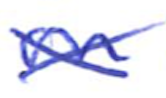
Text: on
Cross-out: mix
Writing tool: ballpoint